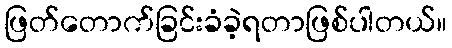
ဖြတ်တောက်ခြင်းခံခဲ့ရတာဖြစ်ပါတယ်။